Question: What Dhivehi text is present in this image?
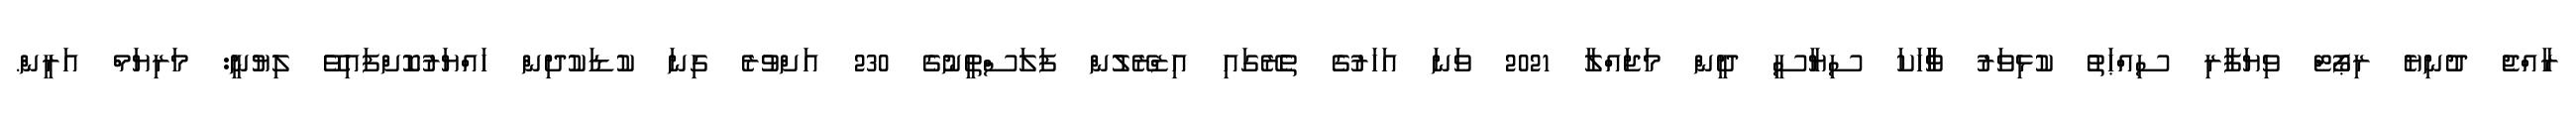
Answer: ރާއްޖެ ދުނިޔެ ރިޕޯޓް ވިޔަފާރި ސިއްޙަތު ކުޅިވަރު ވާާހަކަ ސިޔާސީ ދީން މަޖައްލާ 2021 ވަނަ އަހަރުގެ ތެރޭގައި އިޒްރޭލުން ފަލަސްތީނުގެ 230 އަށްވުރެ ގިނަ ކުޑަކުދިން ހައްޔަރުކޮށްފައިވޭ ލިޔުނީ: މަރިޔަމް އަރީން.